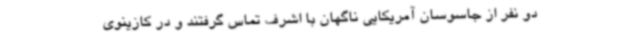
دو نفر از جاسوسان آمریکایی ناگهان با اشرف تماس گرفتند و در کازینوی